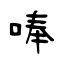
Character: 唪